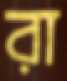
রা